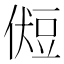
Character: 𰶛